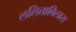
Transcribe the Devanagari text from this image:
ललिताविलास